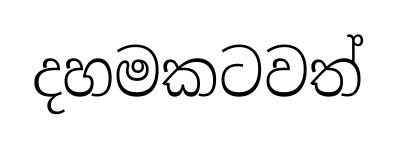
දහමකටවත්